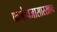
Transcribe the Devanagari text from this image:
फलंदाजासारखाच